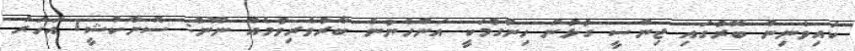
ކައިވެނިން ބޭރުގައި ޖިންސީ ގުޅުން ހިންގުމަކީ އަންހެނުން ބާރުވެރިވުމެއް ނޫން: ސޮނާކްޝީ1 އަހަރު